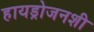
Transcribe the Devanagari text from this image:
हायड्रोजनशी